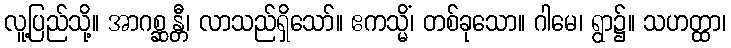
လူ့ပြည်သို့။ အာဂစ္ဆန္တီ၊ လာသည်ရှိသော်။ ဧကသ္မိံ၊ တစ်ခုသော။ ဂါမေ၊ ရွာ၌။ သဟတ္ထာ၊